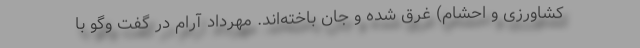
کشاورزی و احشام) غرق شده و جان باخته‌اند. مهرداد آرام در گفت وگو با